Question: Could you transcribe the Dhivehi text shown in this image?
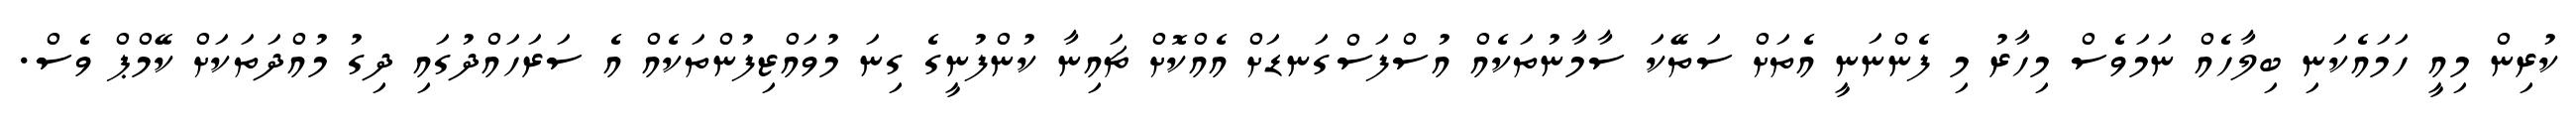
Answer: ކުރިން މިއީ ހަމައެކަނި ބިލާހެއް ނަމަވެސް މިހާރު މި ފެންނަނީ އެތަށް ސަތޭކަ ސާމާނުތަކެއް އުސްފަސްގަނޑަށް އެއްކޮށް ޗައިނާ ކުންފުނީގެ ގިނަ މުވައްޒިފުންތަކެއް އެ ސަރަހައްދުގައި ދިގު މުއްދަތަކަށް ކޭމްޕް ވެސް.